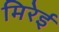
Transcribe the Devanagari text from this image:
मिरेई